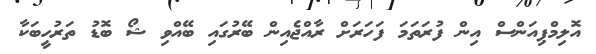
އޮލިމްޕިއަންސް އިން ފުރަތަމަ ފަހަރަށް ރާއްޖެއިން ބޭރުގައި ބޭއްވި ޝޯ ބޮޑު ތަރުހީބަކާ